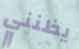
يظنني